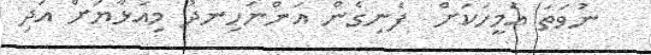
ނުވަތަ އެމީހަކަށް  ފެނިގެން އަންނަހިނދު މިއަޅާޔަށް އަދި